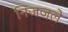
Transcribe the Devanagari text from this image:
निजजले